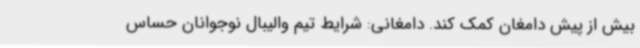
بیش از پیش دامغان کمک کند. دامغانی: شرایط تیم والیبال نوجوانان حساس